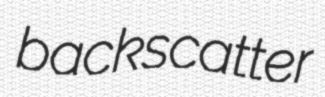
backscatter